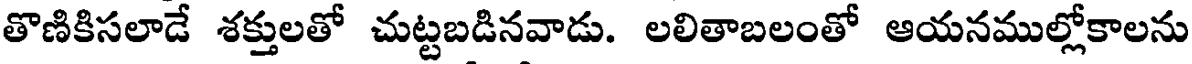
తొణికిసలాడే శక్తులతో చుట్టబడినవాడు. లలితాబలంతో ఆయనముల్లోకాలను